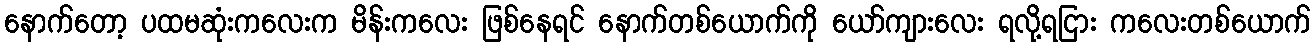
နောက်တော့ ပထမဆုံးကလေးက မိန်းကလေး ဖြစ်နေရင် နောက်တစ်ယောက်ကို ယော်ကျားလေး ရလို့ရငြား ကလေးတစ်ယောက်